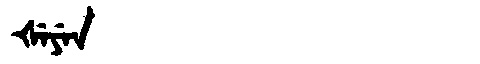
Manchu: ᡧᡝᠶᡝᠨ
Romanization: ŠEYEN